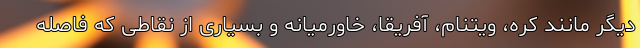
دیگر مانند کره، ویتنام، آفریقا، خاورمیانه و بسیاری از نقاطی که فاصله